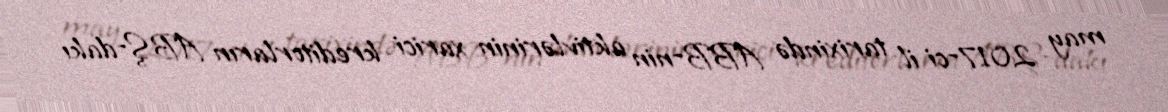
may 2017-ci il tarixində ABB-nin aktivlərinin xarici kreditorların ABŞ-dakı